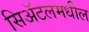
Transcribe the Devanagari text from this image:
सिअॅटलमधील